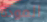
المودة